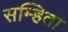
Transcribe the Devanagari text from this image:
सम्हिता